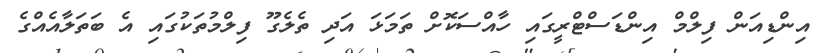
އިންޑިއަން ފިލްމް އިންޑަސްޓްރީގައި ހާއްސަކޮށް ތަމަޅަ އަދި ތެލެގޫ ފިލްމުތަކުގައި އެ ބަތަލާއެއްގެ